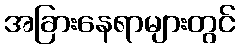
အခြားနေရာများတွင်